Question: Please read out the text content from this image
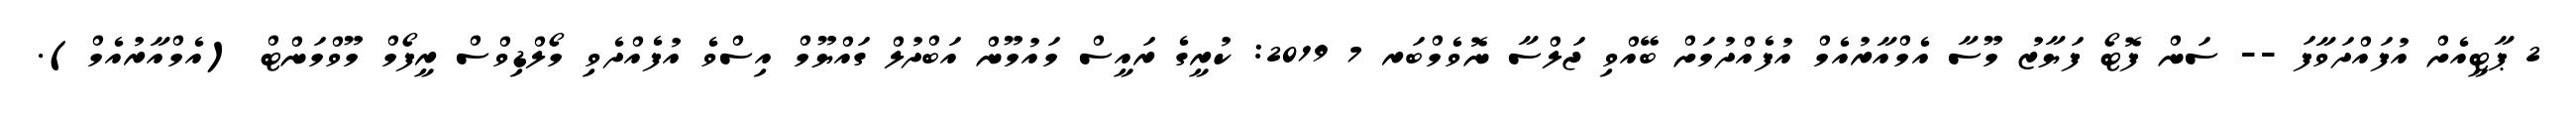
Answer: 2 ޕާޓީއެށް އުފައްދަވާފަ -- ސަން ފޮޓޯ ފަޔާޒު މޫސާ އެމްއާރުއެމް އުފެއްދުމަށް ބޭއްވި ޖަލްސާ ނޮވެމްބަރ 7 2019: ކުރީގެ ރައީސް މައުމޫން އަބްދުލް ގައްޔޫމް އިސްވެ އުފެއްދެވި މޯލްޑިވްސް ރީފޯމް މޫވްމަންޓް (އެމްއާރުއެމް).